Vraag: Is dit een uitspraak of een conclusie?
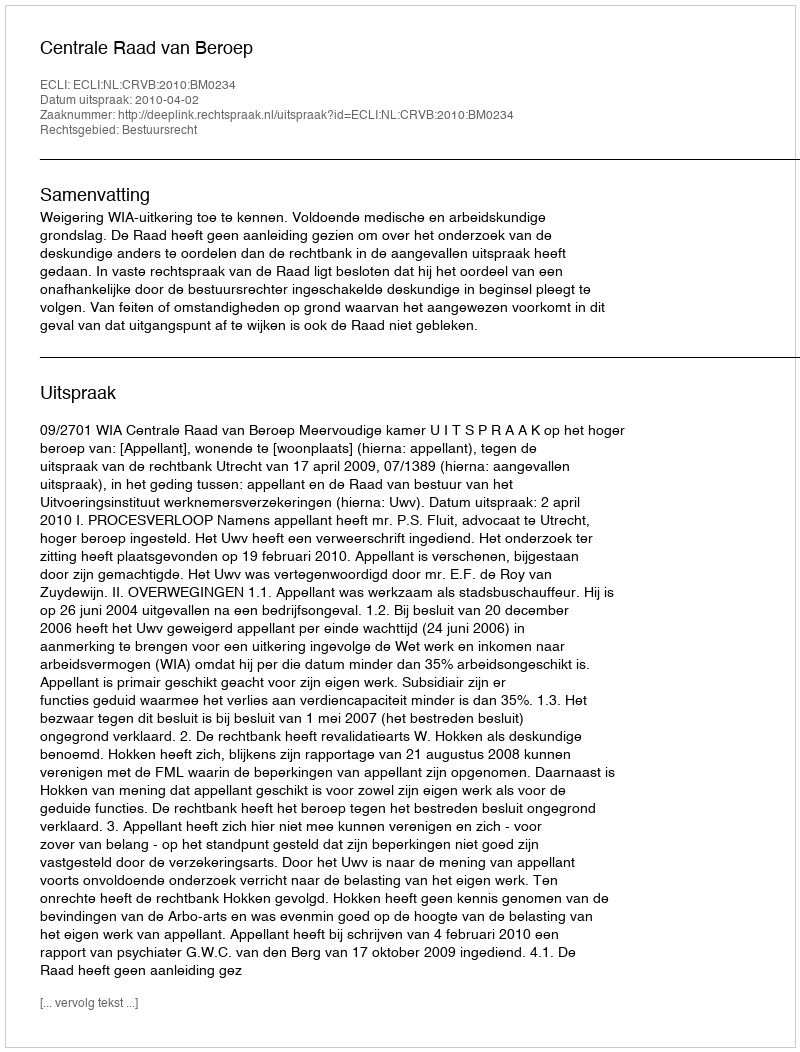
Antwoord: Uitspraak